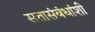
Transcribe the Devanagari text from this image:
सत्तासंबंधांशी